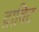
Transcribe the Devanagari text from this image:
द्राविट